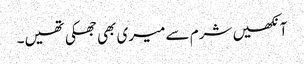
آنکھیں شرم سے میری بھی جھکی تھیں۔